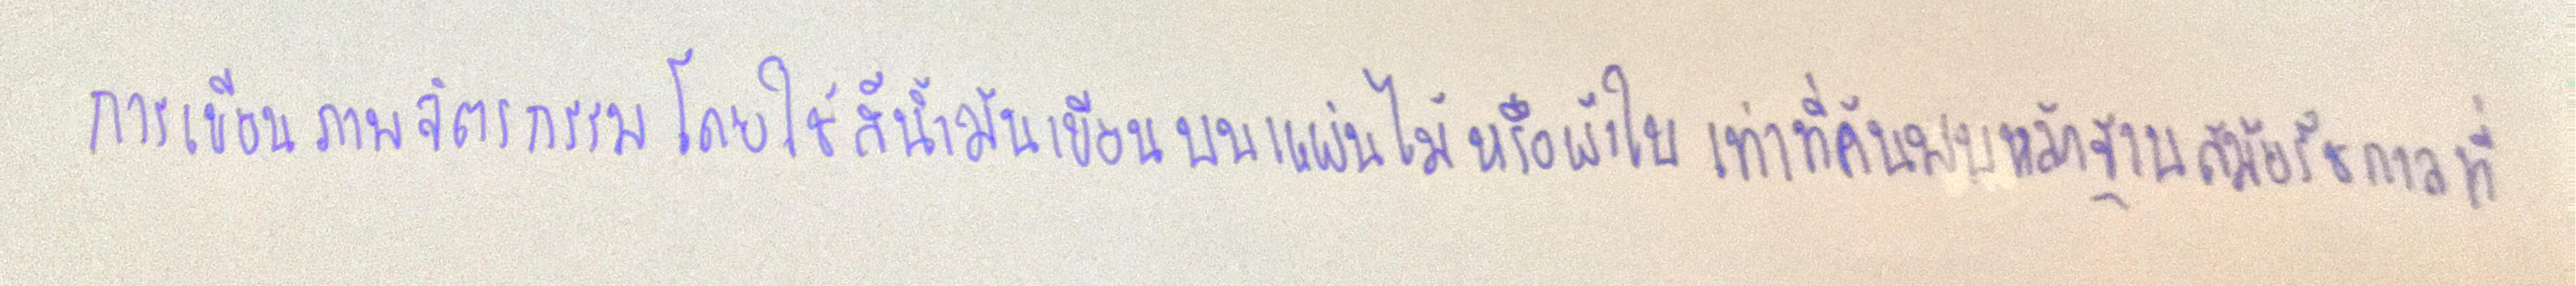
การเขียนภาพจิตรกรรมโดยใช้สีน้ำมันเขียนบนไม้หรือผ้าใบเท่าที่ค้นพบหลักฐานสมัยรัชกาลที่